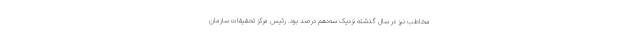
مخاطب نیز در سال گذشته نزدیک سه‌دهم درصد بود. رئیس مرکز تحقیقات سازمان